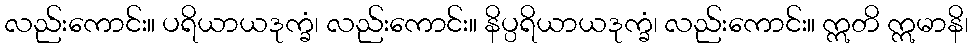
လည်းကောင်း။ ပရိယာယဒုက္ခံ၊ လည်းကောင်း။ နိပ္ပရိယာယဒုက္ခံ၊ လည်းကောင်း။ ဣတိ ဣမာနိ၊